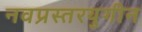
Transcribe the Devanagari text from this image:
नवप्रस्तरयुगीन